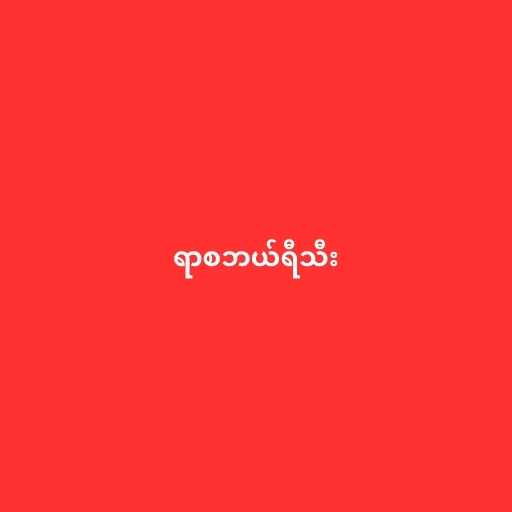
ရာစဘယ်ရီသီး